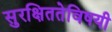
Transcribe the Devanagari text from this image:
सुरक्षिततेविषयी